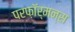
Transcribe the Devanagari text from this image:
परफ़ॉर्मन्स